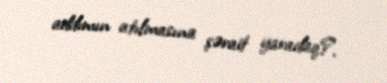
addımın atılmasına şərait yaradaq?.